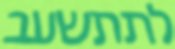
לתתשעב